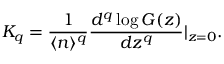
K _ { q } = \frac { 1 } { \langle n \rangle ^ { q } } \frac { d ^ { q } \log G ( z ) } { d z ^ { q } } \vert _ { z = 0 } .